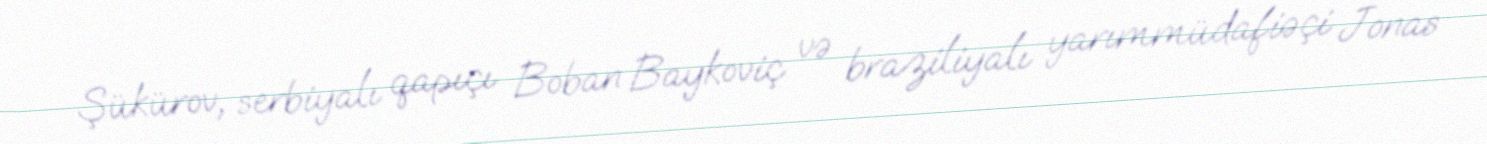
Şükürov, serbiyalı qapıçı Boban Baykoviç və braziliyalı yarımmüdafiəçi Jonas